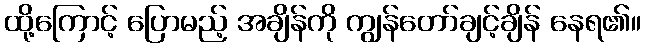
ထို့ကြောင့် ပြောမည့် အချိန်ကို ကျွန်တော်ချင့်ချိန် နေရ၏။